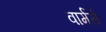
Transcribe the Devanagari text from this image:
वार्मर्स